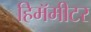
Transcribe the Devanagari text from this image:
हिमॅमीटर